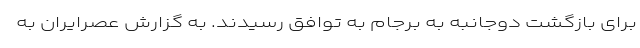
برای بازگشت دوجانبه به برجام به توافق رسیدند. به گزارش عصرایران به